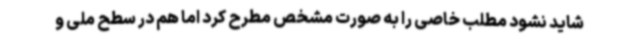
‌شاید نشود مطلب خاصی را به صورت مشخص مطرح کرد اما هم در سطح ملی و